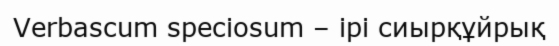
Verbascum speciosum – ірі сиырқұйрық